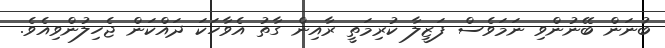
ބުނަން ބޭނުންވި ނަމަވެސް ފަޒީލާ ކުރިމަތީ ރާއިން ގާތު އެވާހަކަ ދައްކަން ޖެހިލުންވިއެވެ.